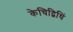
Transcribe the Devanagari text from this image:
केचिद्विधिं